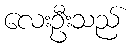
လေးဦးသည်